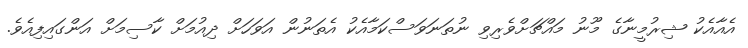
އެއާއެކު ޝިރުމީނާގެ މޫނު މައްޗަށްވެރިވި ނުތަނަވަސްކަމާއެކު އެތަނުން އަވަހަށް ދިއުމަށް ކާސިމަށް އަންގައިފިއެވެ.